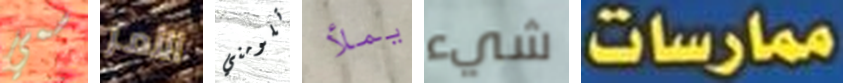
سمي الأمر تلومني يملأ شيء ممارسات